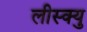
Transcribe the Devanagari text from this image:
लीस्क्यु